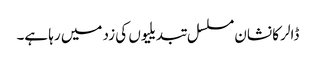
ڈالر کا نشان مسلسل تبدیلیوں کی زد میں رہا ہے۔